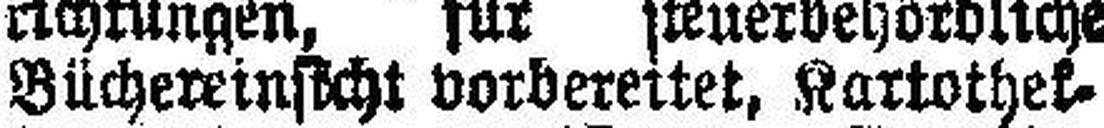
Büchereinsicht vorbereitet, Kartothek¬